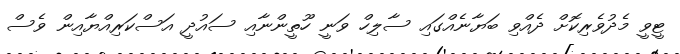
ޓީވީ މެދުވެރިކޮށް ދެއްވި ބަޔާނެއްގައި ސާލިހް ވަނީ ހޫތީންނާއި ސައުދީ އަސްކަރިއްޔާއިން ވެސް